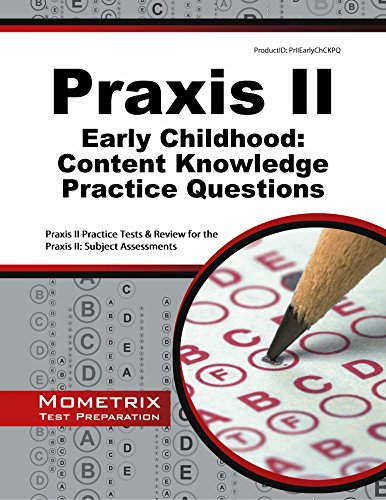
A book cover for Praxis II Early Childhood: Content Knowledge Practice Questions: Praxis II Practice Tests & Review for the Praxis II: Subject Assessments; Praxis II Exam Secrets Test Prep Team; Test Preparation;